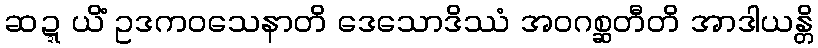
ဆဍ္ဍယိံ ဥဒကဝသေနာတိ ဒေသောဒိဿံ အဝဂစ္ဆတီတိ အာဒါယန္တိ